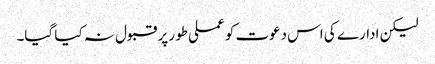
لیکن ادارے کی اس دعوت کو عملی طور پر قبول نہ کیا گیا۔